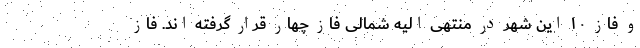
و فاز ۱۰ این شهر در منتهی الیه شمالی فاز چهار قرار گرفته اند. فاز